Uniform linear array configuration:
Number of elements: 64
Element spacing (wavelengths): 1
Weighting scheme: exponential
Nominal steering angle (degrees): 30
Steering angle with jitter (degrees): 28.536
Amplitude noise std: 0.05
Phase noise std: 0.05

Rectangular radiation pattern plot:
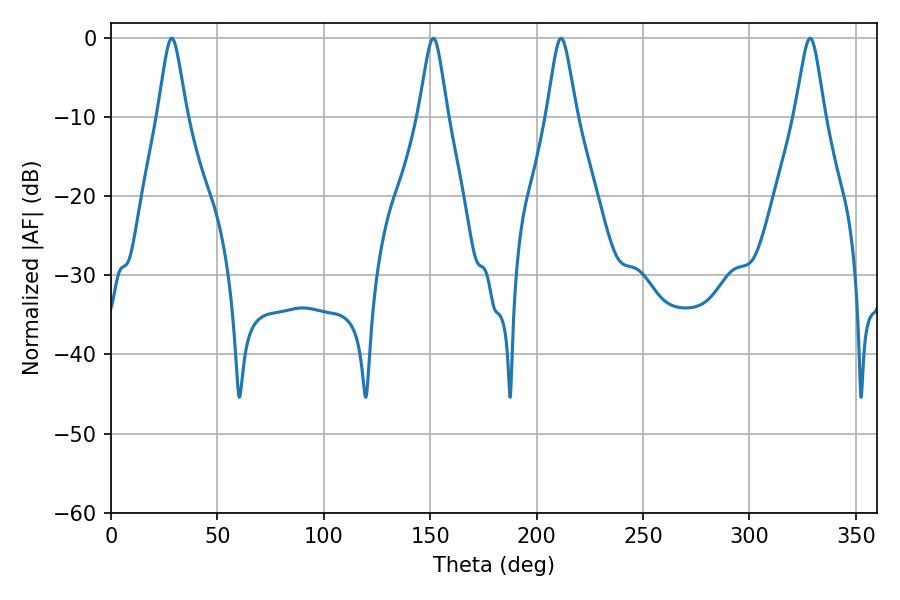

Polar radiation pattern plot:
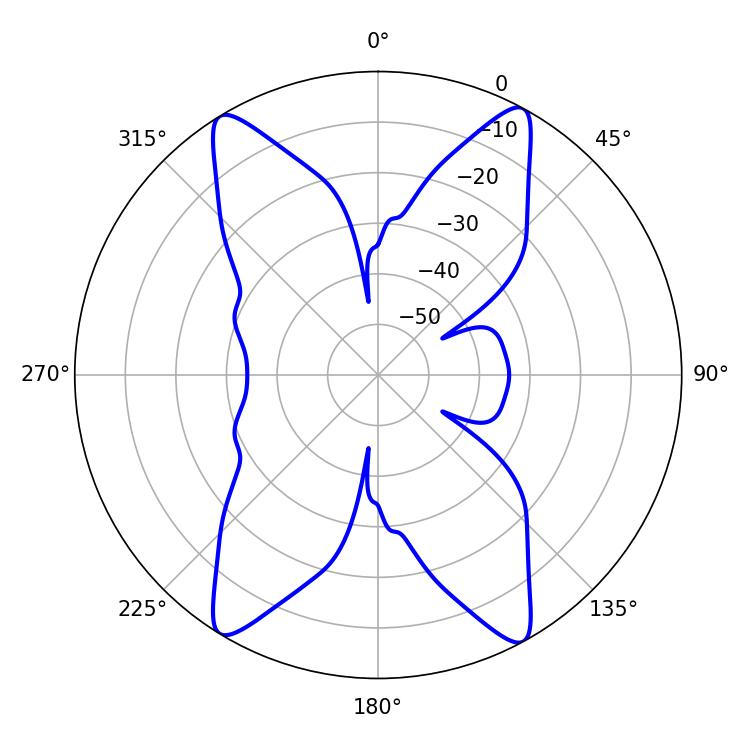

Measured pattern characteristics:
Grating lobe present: TRUE
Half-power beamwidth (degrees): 6.66
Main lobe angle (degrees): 211.5